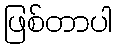
ဖြစ်တာပါ